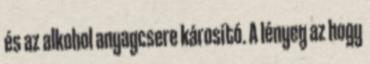
és az alkohol anyagcsere károsító. A lényeg az hogy